Vaccination in the Punjab 1919-1929 - 1919-1929
Year: 1919
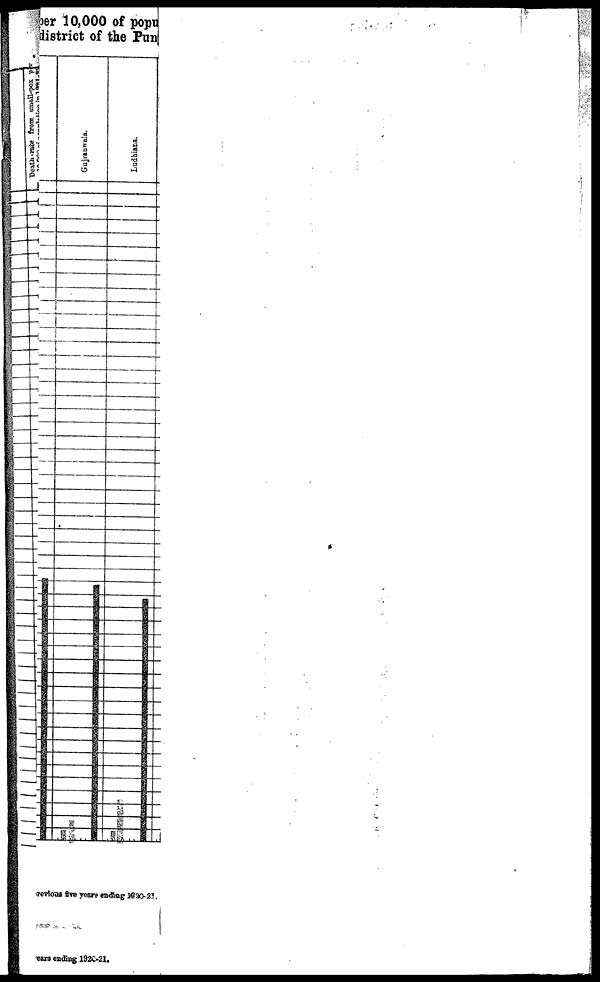
per 10,000 of popu
district of the Pun